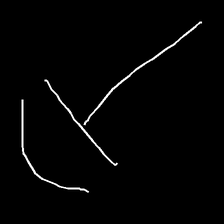
Glyph: dispersion